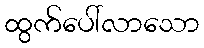
ထွက်ပေါ်လာသော